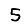
Digit: 5